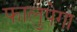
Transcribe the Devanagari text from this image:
फालुपेगा